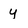
Character: y